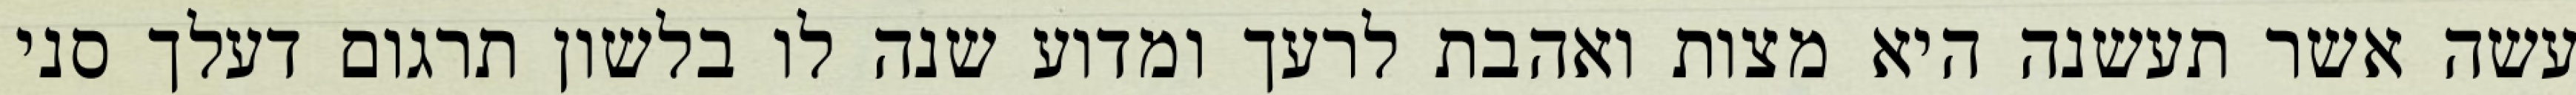
עשה אשר תעשנה היא מצות ואהבת לרעך ומדוע שנה לו בלשון תרגום דעלך סני